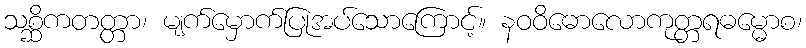
သစ္ဆိကတတ္တာ၊ မျက်မှောက်ပြုအပ်သောကြောင့်။ နဝဝိဓောလောကုတ္တရဓမ္မောစ၊